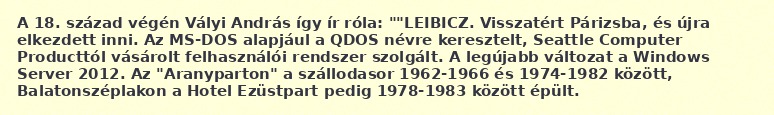
A 18. század végén Vályi András így ír róla: ""LEIBICZ. Visszatért Párizsba, és újra elkezdett inni. Az MS-DOS alapjául a QDOS névre keresztelt, Seattle Computer Producttól vásárolt felhasználói rendszer szolgált. A legújabb változat a Windows Server 2012. Az "Aranyparton" a szállodasor 1962-1966 és 1974-1982 között, Balatonszéplakon a Hotel Ezüstpart pedig 1978-1983 között épült.